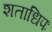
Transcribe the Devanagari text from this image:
शताधिपः